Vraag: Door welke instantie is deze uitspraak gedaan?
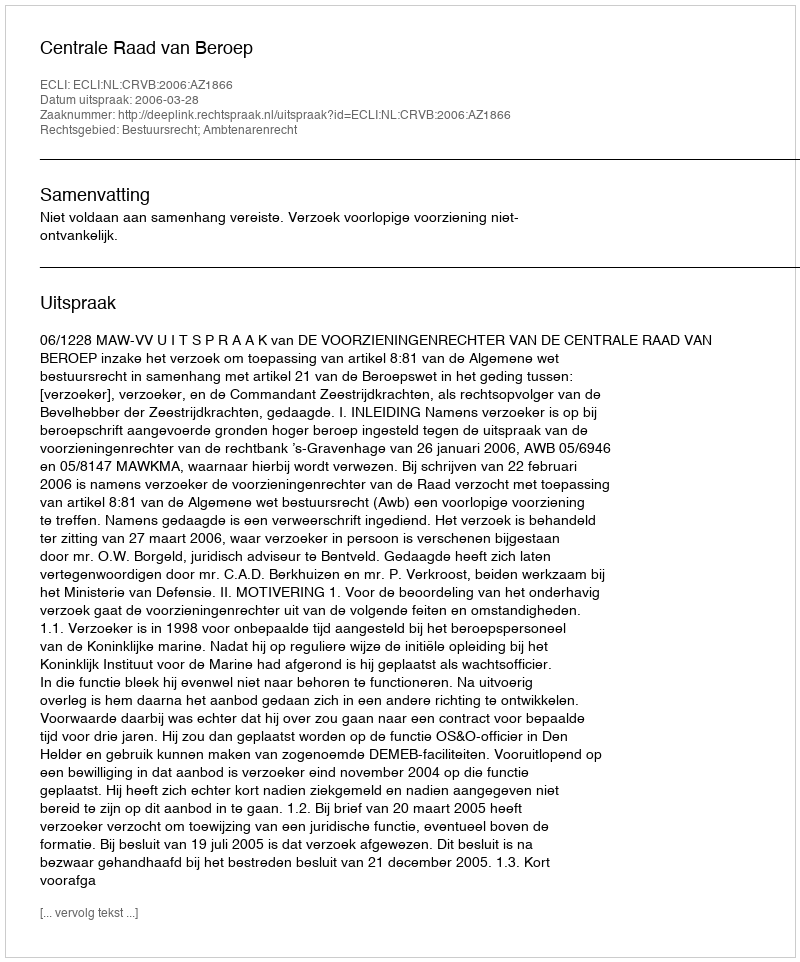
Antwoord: Centrale Raad van Beroep